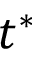
t ^ { * }